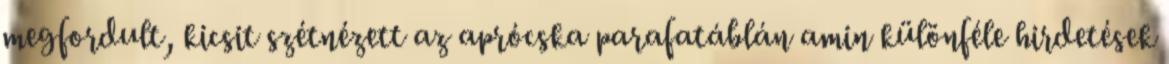
megfordult, kicsit szétnézett az aprócska parafatáblán amin különféle hirdetések